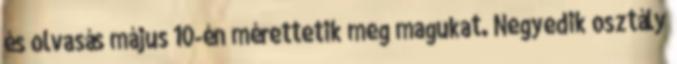
és olvasás május 10-én mérettetik meg magukat. Negyedik osztály